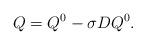
LaTeX: \begin{align*} Q = Q^0-\sigma DQ^0. \end{align*}